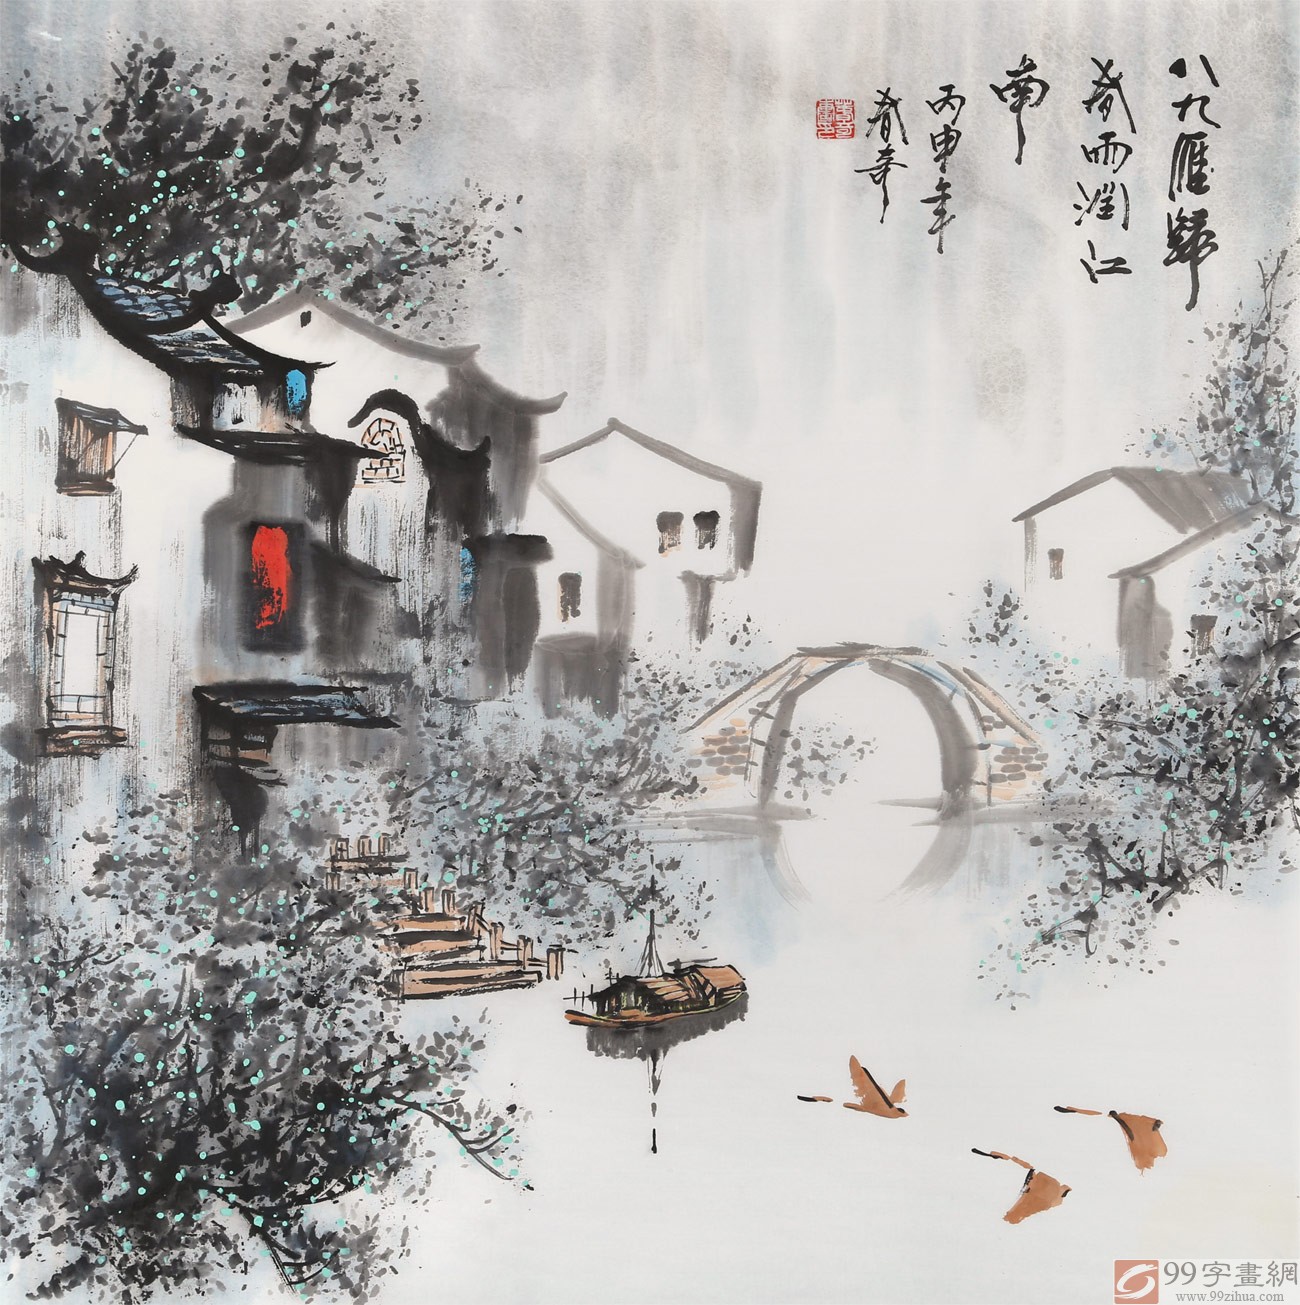
扁舟去作江南客，旅雁孤云。